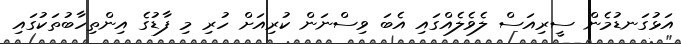
އަޅުގަނޑުމެން ސީރިއަސް ލެވެލެއްގައި އެބަ ވިސްނަން ކުރިއަށް ހުރި މި ފާޑުގެ އިންތިހާބުތަކުގައި